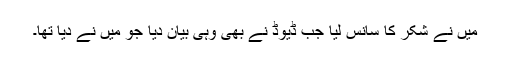
میں نے شکر کا سانس لیا جب ڈیوڈ نے بھی وہی بیان دیا جو میں نے دیا تھا۔